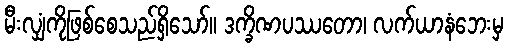
မီးလျှံကိုဖြစ်စေသည်ရှိသော်။ ဒက္ခိဏပဿတော၊ လက်ယာနံဘေးမှ